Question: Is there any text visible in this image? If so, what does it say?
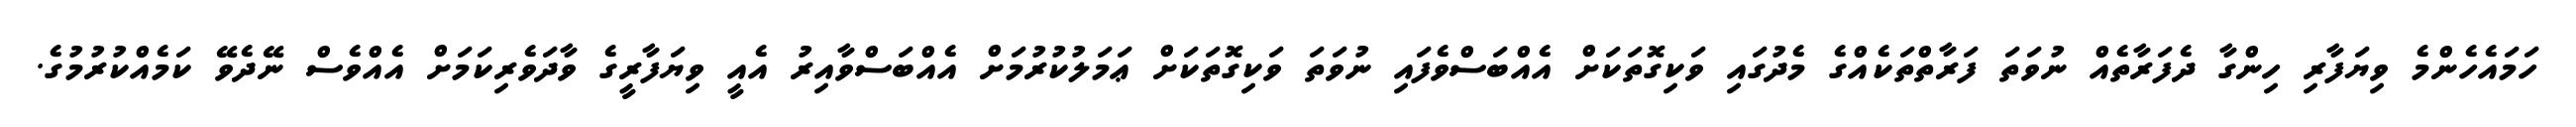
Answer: ހަމައެހެންމެ ވިޔަފާރި ހިންގާ ދެފަރާތެއް ނުވަތަ ފަރާތްތަކެއްގެ މެދުގައި ވަކިގޮތަކަށް އެއްބަސްވެފައި ނުވަތަ ވަކިގޮތަކަށް ޢަމަލުކުރުމަށް އެއްބަސްވާއިރު އެއީ ވިޔަފާރީގެ ވާދަވެރިކަމަށް އެއްވެސް ނޭދެވޭ ކަމެއްކުރުމުގެ.